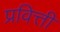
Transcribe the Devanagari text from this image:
प्रवित्ती